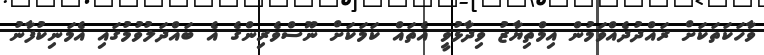
ވާހަކަތަކަށް ރައްދުދެއްވަމުން އިމްތިޔާޒު ވިދާޅުވީ އެތައް ކަމަކަށް ނޫސްވެރިންގެ އެ ބައްދަލުވުމުގައި އެމަނިކުފާނު